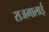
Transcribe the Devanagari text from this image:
राजमालाई